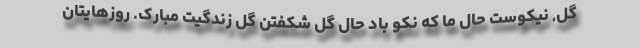
گل, نیکوست حال ما که نکو باد حال گل شکفتن گل زندگیت مبارک. روزهایتان